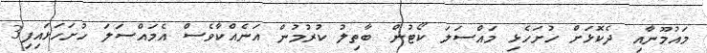
މައުމޫނާއި ދެކޮޅަށް ހުށަހެޅި މައްސަލަ ކޯޓުން ބާތިލު ކުރުމުން އަނެއްކާވެސް އެމައްސަލަ ހުށަހަޅައިފި3